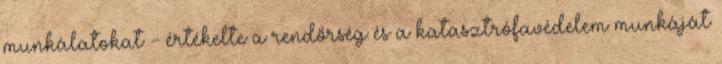
munkálatokat - értékelte a rendőrség és a katasztrófavédelem munkáját